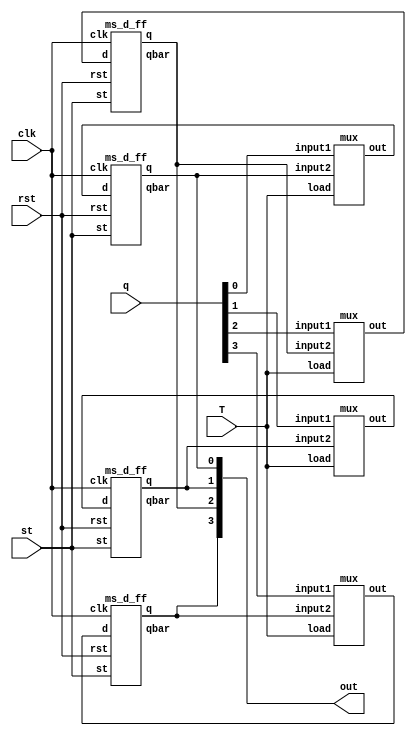
`timescale 1ns / 1ps
// This is the code for a 4 bit buffer register with load input
module register(
    input [3:0]q, 
    input clk, 
    input T,
    input st,
    input rst,
    output [3:0]out
    );
    wire W0, W1, W2, W3;
    wire [3:0]outbar;

    mux m1(q[0], out[0], T, W0);
    mux m2(q[1], out[1], T, W1);
    mux m3(q[2], out[2], T, W2);
    mux m4(q[3], out[3], T, W3);
        
    ms_d_ff df0(W0, clk, st, rst, out[0], outbar[0]);
    ms_d_ff df1(W1, clk, st, rst, out[1], outbar[1]);
    ms_d_ff df2(W2, clk, st, rst, out[2], outbar[2]);
    ms_d_ff df3(W3, clk, st, rst, out[3], outbar[3]);
    
endmodule

// Module for 2:1 MUX
module mux( 
    input input1,
    input input2,
    input load,
    output out
    );
    wire W1, W2;
    and AND1(W1, input1, load);
    and AND2(W2, input2, ~load);
    or OR1(out, W1, W2);
endmodule

// Module for edge triggered d flip flop
module ms_d_ff(
input d, input clk,input st, input rst, output q, output qbar
    );
    wire MS1, MS2;
    d_ff mdff(d , clk, st, rst, MS1, MS2);
    d_ff sdff(MS1, ~clk, st, rst, q, qbar);
endmodule

// Module for level triggered ms Flip Flop
module d_ff(input d, input clk, input st, input rst, output  q, output qbar);
    wire W1, W2;
    and N1(W1, d, clk);
    and N2(W2, ~d, clk);
    nand N3(q, qbar, ~W1, st); //We Choose Active Low for set
    nand N4(qbar, q, ~W2, rst); //We Choose Active Low for rst
endmodule